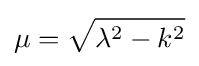
\mu ={\sqrt {\lambda ^{2}-k^{2}}}